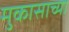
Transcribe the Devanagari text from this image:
मुकासाच्या